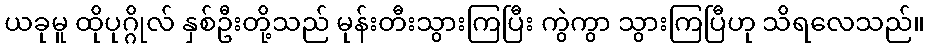
ယခုမူ ထိုပုဂ္ဂိုလ် နှစ်ဦးတို့သည် မုန်းတီးသွားကြပြီး ကွဲကွာ သွားကြပြီဟု သိရလေသည်။